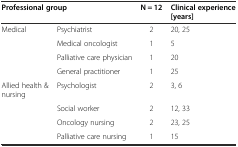
| <COLSPAN=2> Professional group | N = 12 | Clinical experience [years] |
 | --- | --- | --- | --- |
 | Medical | Psychiatrist | 2 | 20, 25 |
 |  | Medical oncologist | 1 | 5 |
 |  | Palliative care physician | 1 | 20 |
 |  | General practitioner | 1 | 25 |
 | Allied health & nursing | Psychologist | 2 | 3, 6 |
 |  | Social worker | 2 | 12, 33 |
 |  | Oncology nursing | 2 | 23, 25 |
 |  | Palliative care nursing | 1 | 15 |